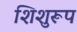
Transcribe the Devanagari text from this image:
शिशुरूप